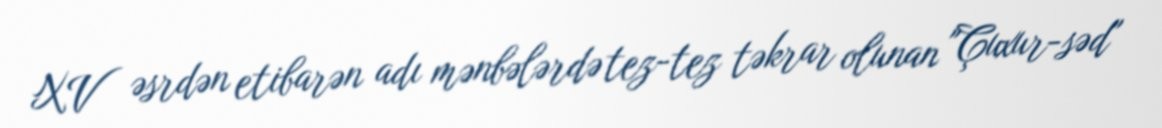
XV əsrdən etibarən adı mənbələrdə tez-tez təkrar olunan "Çuxur-səd"